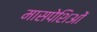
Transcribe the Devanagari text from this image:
मासपेशिओं